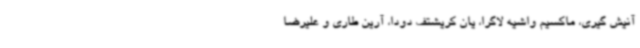
آنیش گیری، ماکسیم واشیه لاگرا، یان کریشتف دودا، آرین طاری و علیرضا